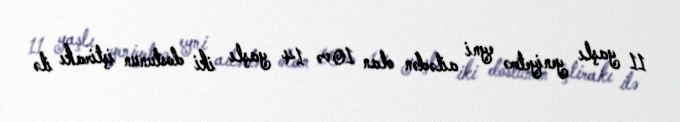
11 yaşlı yeniyetmə eyni ailədən olan 10 və 14 yaşlı iki dostunun iştirakı ilə